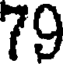
79